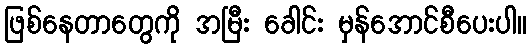
ဖြစ်နေတာတွေကို အမြီး ခေါင်း မှန်အောင်စီပေးပါ။